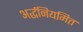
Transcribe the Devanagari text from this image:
अर्द्धनियमित